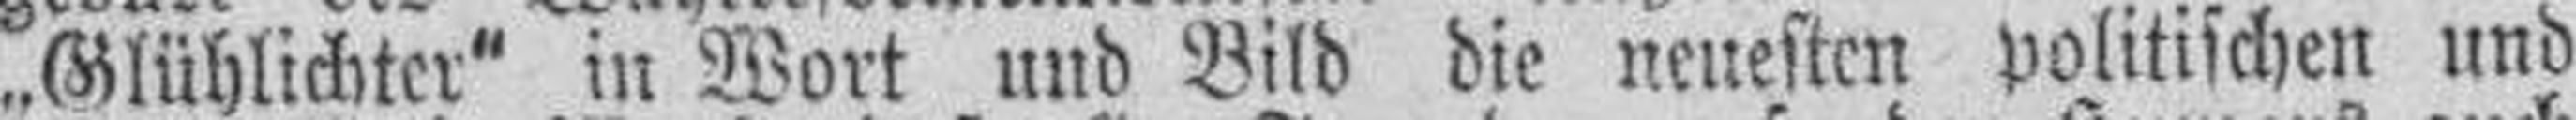
„Glühlichter“ in Wort und Bild die neuesten politischen und